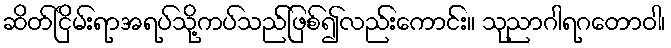
ဆိတ်ငြိမ်းရာအရပ်သို့ကပ်သည်ဖြစ်၍လည်းကောင်း။ သုညာဂါရဂတောဝါ၊